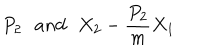
P _ { 2 } \, \, \, \, a n d \, \, \, \, X _ { 2 } - \frac { P _ { 2 } } { m } X _ { 1 }